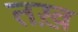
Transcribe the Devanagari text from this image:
तख़